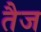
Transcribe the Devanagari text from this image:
तैज